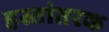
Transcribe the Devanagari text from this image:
हस्तांतरक